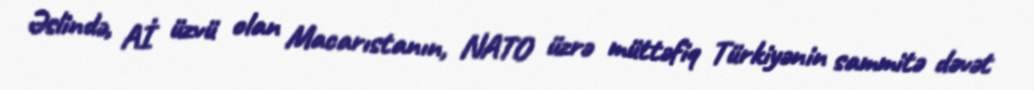
Əslində, Aİ üzvü olan Macarıstanın, NATO üzrə müttəfiq Türkiyənin sammitə dəvət